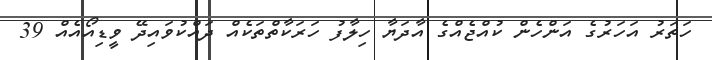
ހަތަރު އަހަރުގެ އަންހެން ކުއްޖެއްގެ އާދަޔާ ހިލާފު ހަރަކާތްތަކެއް ދައްކުވައިދޭ ވީޑިއޯއެއް 39